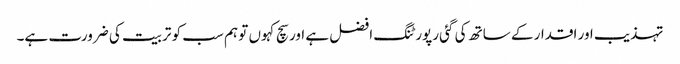
تہذیب اور اقدار کے ساتھ کی گئی رپورٹنگ افضل ہے اور سچ کہوں تو ہم سب کو تربیت کی ضرورت ہے۔